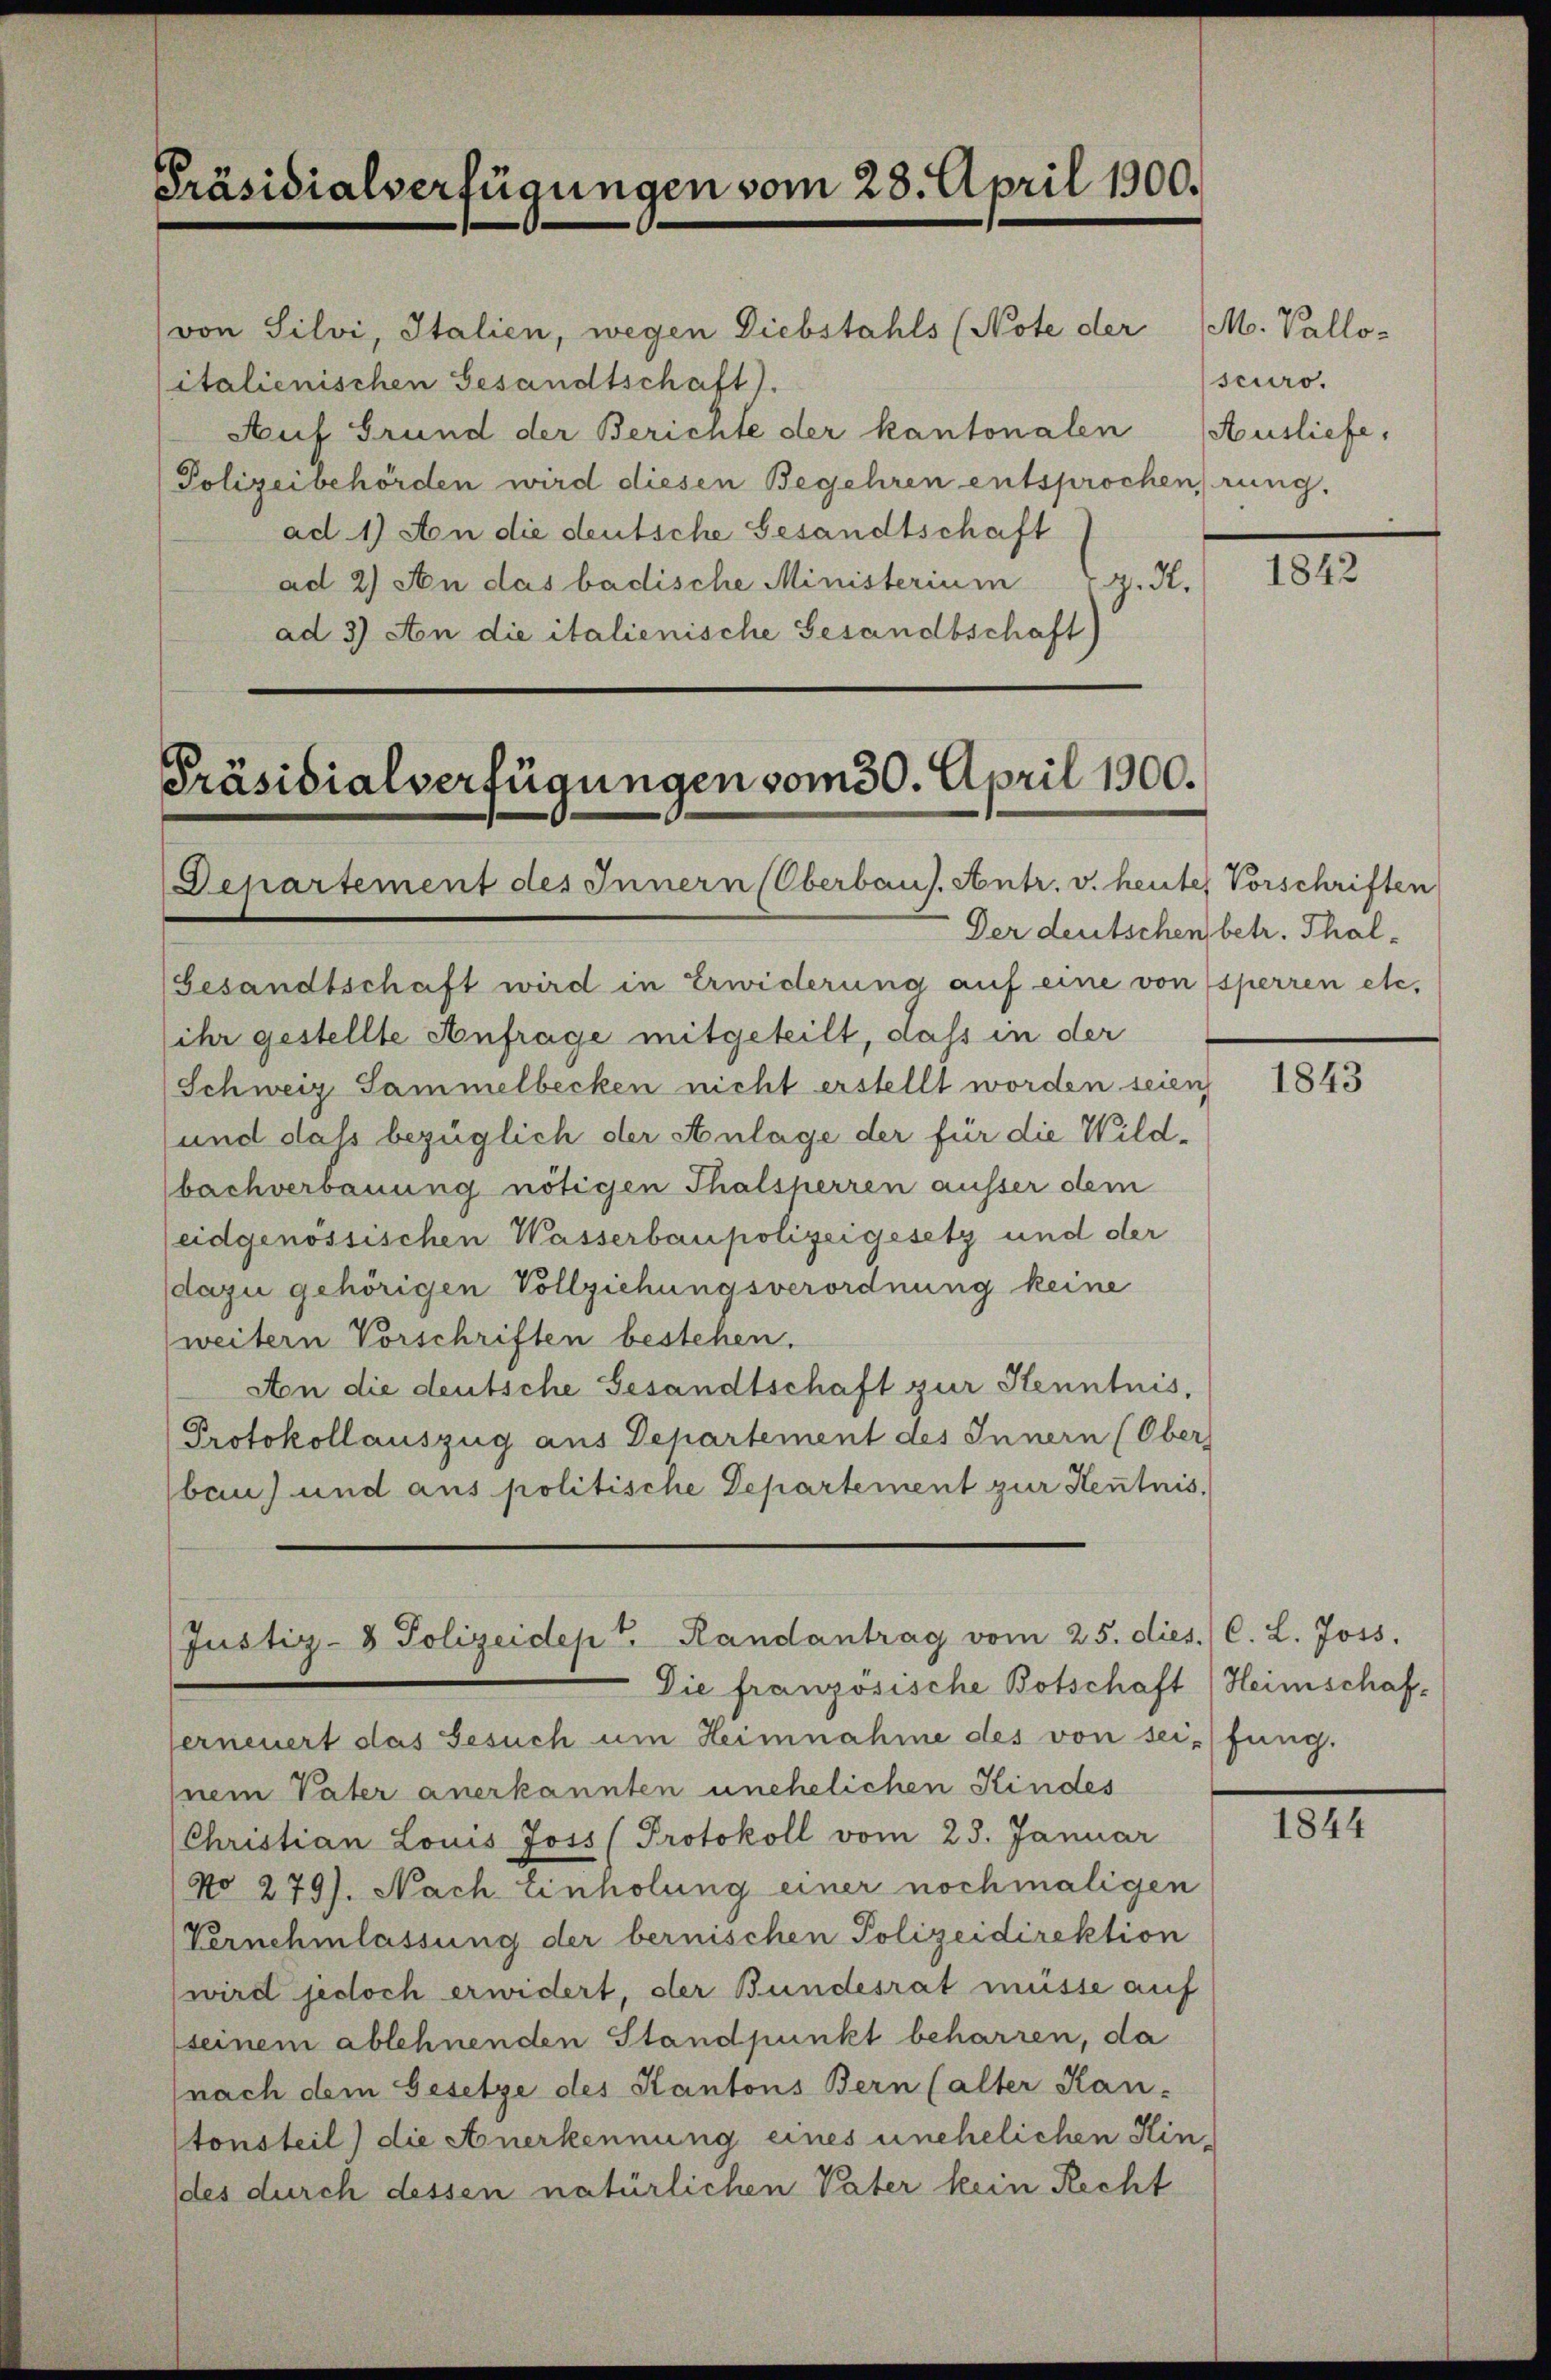
Präsidialverfügungen vom 28. April 1900.

(von Silvi, Italien, wegen Diebstahls (Note der
italienischen Gesandtschaft).
Auf Grund der Berichte der kantonalen
Polizeibehörden wird diesen Begehren entsprochen, rung.
ad 1) An die deutsche Gesandtschaft
ad 2) An das badische Ministerium
g. d.
ad 3) An die italienische Gesandtschaft)

Präsidialverfügungen vom 30. April 1900.
Departement des Innern (Oberbaus. Antr. v. heute Vorschriften

Gesandtschaft wird in Erwiderung auf eine von sperren etc.
(ihr gestellte Anfrage mitgeteilt, dass in der
Schweiz Sammelbecken nicht erstellt worden seien,
und daß bezüglich der Anlage der für die Wild-
bachverbauung nötigen Thalsperren äusser dem
eidgenössischen Wasserbaupolizeigesetz und der
dazu gehörigen Vollziehungsverordnung keine
weitern Vorschriften bestehen.
Aon die deutsche Gesandtschaft zur Kenntnis,
Protokollauszug aus Departement des Innern (Ober
bau) und aus politische Departement zur Kenntnis,

Justiz- & Polizeidept. Randantrag vom 25. dies C. L. Joss.
Die französische Botschaft (Heimschaf¬

M. Valloscuro.
Ausliefe,

erneuert das Gesuch um Heimnahme des von sei fung.
jnem Vater anerkannten unehelichen Kindes
(Christian Louis Joss (Protokoll vom 23. Januar
No 279). Nach Einholung einer nochmaligen
Vernehmlassung der bernischen Polizeidirektion
wird jedoch erwidert, der Bundesrat müsse auf
seinem ablehnenden Standpunkt beharren, da
nach dem Gesetze des Kantons Bern (alter Kan-
tonsteil) die Anerkennung eines unehelichen Kin-
(des durch dessen natürlichen Vater kein Recht

1842

Der deutschen betr. Thal¬

1843

1844